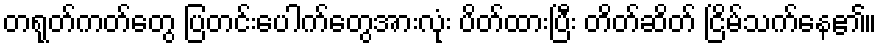
တရုတ်ကတ်တွေ ပြတင်းပေါက်တွေအားလုံး ပိတ်ထားပြီး တိတ်ဆိတ် ငြိမ်သက်နေ၏။